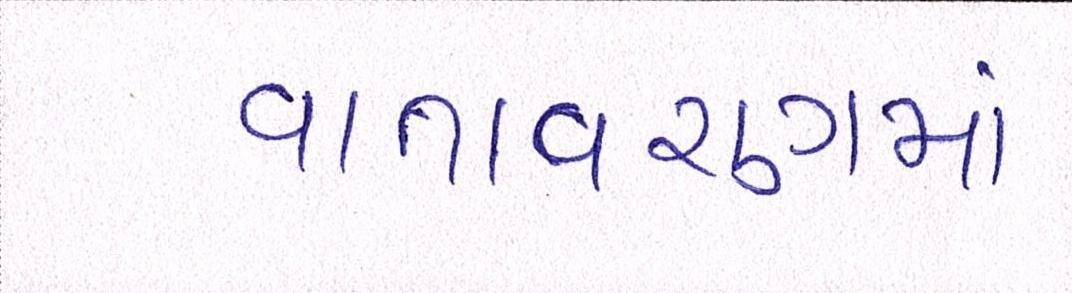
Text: વાતવરણમાં